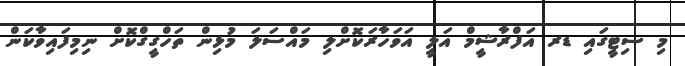
މި ސިޓީގައި ޑރ އަފްރާޝީމް އަލީ އަވަހާރަކޮށްލި މައްސަލަ މުޅިން ތަހްގީގްކޮށް ނިމިފައިވާކަން